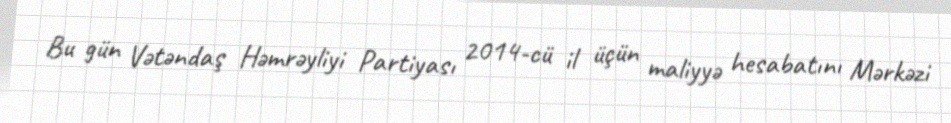
Bu gün Vətəndaş Həmrəyliyi Partiyası 2014-cü il üçün maliyyə hesabatını Mərkəzi